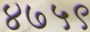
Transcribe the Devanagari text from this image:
४७५९